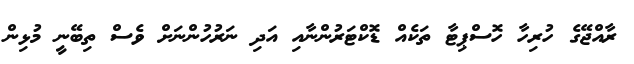
ރާއްޖޭގެ ހުރިހާ ހޮސްޕިޓާ ތަކެއް ޑޮކްޓަރުންނާއި އަދި ނަރުހުންނަށް ވެސް ތިބޭނީ މުޅިން